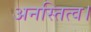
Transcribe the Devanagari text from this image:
अनस्तित्व।